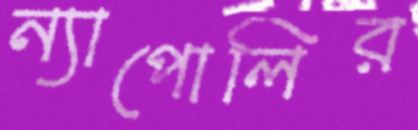
ন্যাপোলির